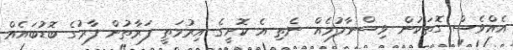
އެއްވެސް ގޮތަކުން ވިސްނާލުމެއް ނެތި އެ ކޮށީގެ އިރުމަތީ ފަރާތުން ފާރުގެ ބޮޑުބައެއް